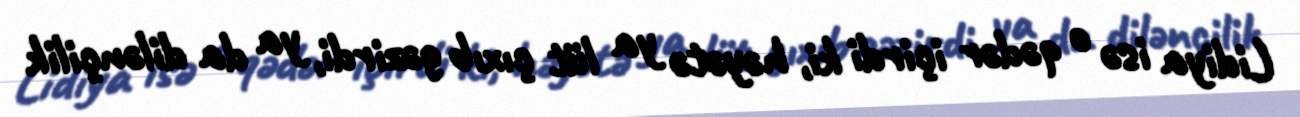
Lidiya isə o qədər içirdi ki, həyətə ya lüt çıxıb gəzirdi, ya da dilənçilik